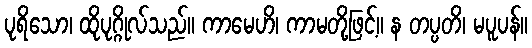
ပုရိသော၊ ထိုပုဂ္ဂိုလ်သည်။ ကာမေဟိ၊ ကာမတို့ဖြင့်။ န တပ္ပတိ၊ မပူပန်။